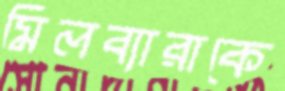
মিলব্যারাকে